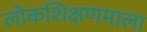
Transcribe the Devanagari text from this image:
लोकशिक्षणमाला